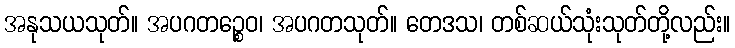
အနုသယသုတ်။ အပဂတဉ္စေဝ၊ အပဂတသုတ်။ တေဒသ၊ တစ်ဆယ်သုံးသုတ်တို့လည်း။